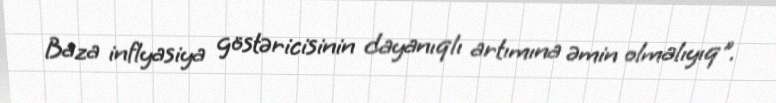
Baza inflyasiya göstəricisinin dayanıqlı artımına əmin olmalıyıq".